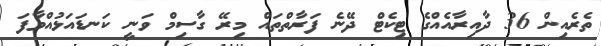
ތެރެއިން 36 ދާއިރާއެއްގެ ޓިކެޓް ދޭނެ ފަރާތްތައް މިރޭ ގާސިމް ވަނީ ކަނޑައަޅުއްވާފަ